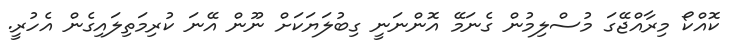
ކޮއްކޯ މިރާއްޖޭގަ މުސްލިމުން ގެނަމޭ އޮންނަނީ ގިބުލަޔަކަށް ނޫން އޭނަ ކުރިމަތިލައިގެން އެހުރީ.